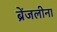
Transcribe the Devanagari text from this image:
ब्रेंजलीना